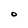
Character: O